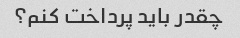
چقدر باید پرداخت کنم؟